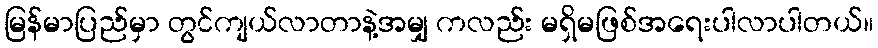
မြန်မာပြည်မှာ တွင်ကျယ်လာတာနဲ့အမျှ ကလည်း မရှိမဖြစ်အရေးပါလာပါတယ်။